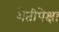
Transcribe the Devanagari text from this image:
शेतीपेक्षा